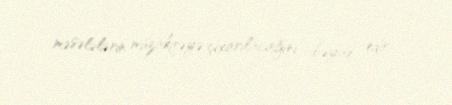
məsələlərin müzakirəyə çıxarılacağını bəyan edir.